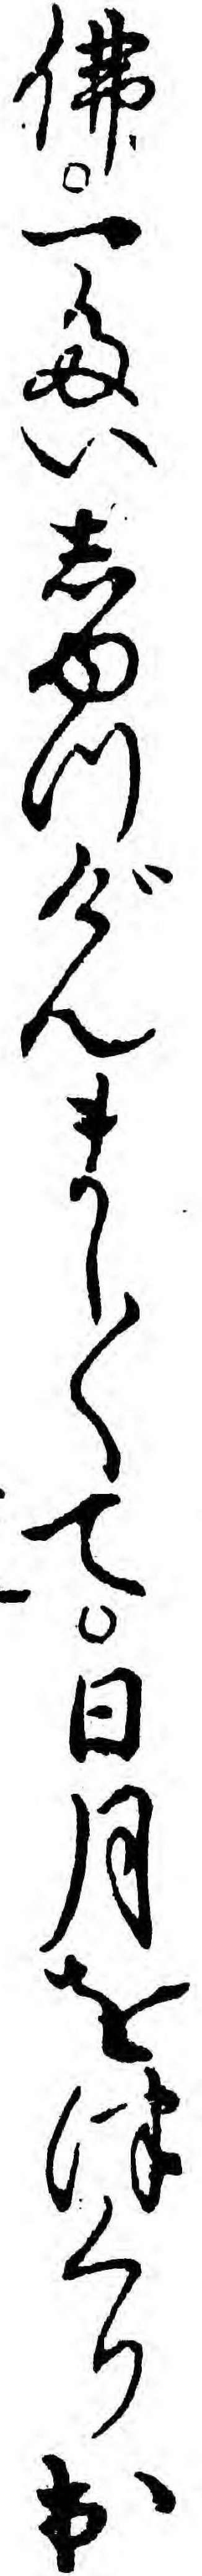
仏一たいしゆつげんまし〱て日月をつくり出